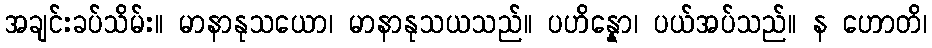
အချင်းခပ်သိမ်း။ မာနာနုသယော၊ မာနာနုသယသည်။ ပဟိန္နော၊ ပယ်အပ်သည်။ န ဟောတိ၊